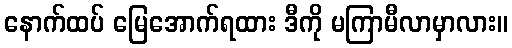
နောက်ထပ် မြေအောက်ရထား ဒီကို မကြာမီလာမှာလား။